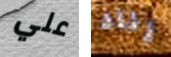
علي زناد